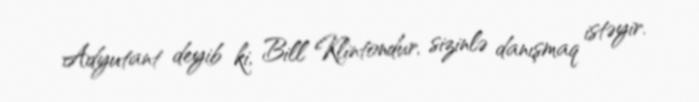
Adyutant deyib ki, Bill Klintondur, sizinlə danışmaq istəyir.